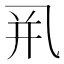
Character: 𰁀